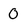
Character: 0